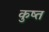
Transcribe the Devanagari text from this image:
कुष्त